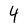
Character: 4